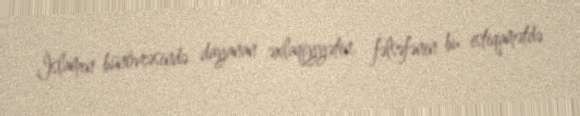
İslamın bünövrəsində dayanan əxlaqiyyətin, fəlsəfənin bu istiqamətdə